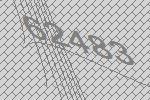
62483